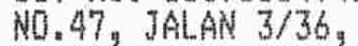
NO.47, JALAN 3/36,